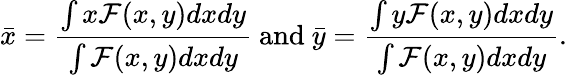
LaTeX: \bar{x}=\frac{\int x\mathcal{F}(x,y)dxdy}{\int\mathcal{F}(x,y)dxdy}\mathrm{~and~}\bar{y}=\frac{\int y\mathcal{F}(x,y)dxdy}{\int\mathcal{F}(x,y)dxdy}.